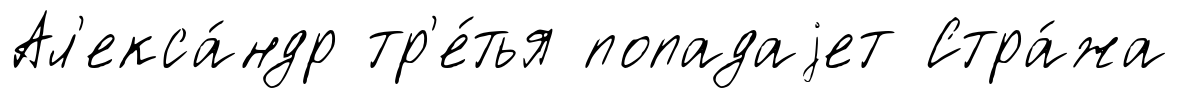
Ал'екса́ндр тр'е́тья попадаjет Стра́жа